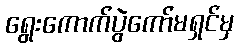
ရွေးကောက်ပွဲကော်မရှင်မှ